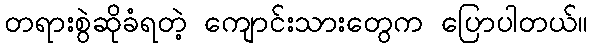
တရားစွဲဆိုခံရတဲ့ ကျောင်းသားတွေက ပြောပါတယ်။